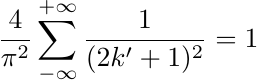
\begin{equation*}
\frac{4}{\pi^2} \sum_{-\infty}^{+\infty}
\frac{1}{(2k'+1)^2} = 1
\end{equation*}